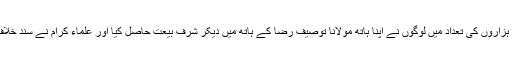
انہی ممالک میں ہزاروں کی تعداد میں لوگوں نے اپنا ہاتھ مولانا توصیف رضا کے ہاتھ میں دیکر شرف بیعت حاصل کیا اور علماء کرام نے سند خلاف بھی حاصلکی۔